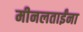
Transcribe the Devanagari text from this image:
मीनलताईंना